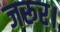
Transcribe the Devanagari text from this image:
जरूर।